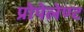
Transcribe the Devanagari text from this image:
प्रोपेलेण्ट